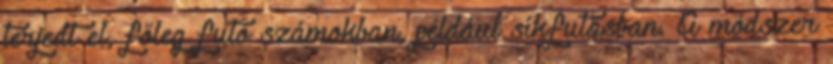
terjedt el, főleg futó számokban, például síkfutásban. A módszer